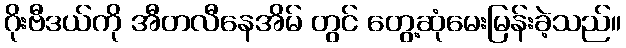
ဂိုးဗီဒယ်ကို အီတလီနေအိမ် တွင် တွေ့ဆုံမေးမြန်းခဲ့သည်။